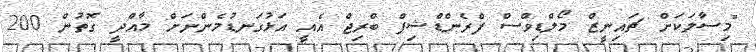
"މިސާލަކަށް ޗައިނީޒް މޯލްޑިވްސް ފްރެންޑްޝިޕް ބްރިޖް އެއީ އަޅުގަނޑުމެންނަށް މާއްދީ ގޮތުން 200